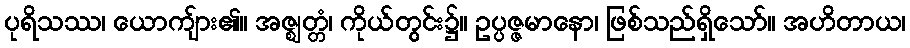
ပုရိသဿ၊ ယောကျ်ား၏။ အဇ္ဈတ္တံ၊ ကိုယ်တွင်း၌။ ဥပ္ပဇ္ဇမာနော၊ ဖြစ်သည်ရှိသော်။ အဟိတာယ၊